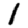
Digit: 1